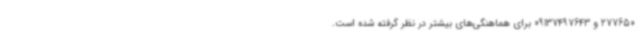
277650 و 09137497643 برای هماهنگی‌های بیشتر در نظر گرفته شده است.